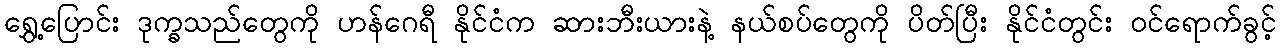
ရွှေ့ပြောင်း ဒုက္ခသည်တွေကို ဟန်ဂေရီ နိုင်ငံက ဆားဘီးယားနဲ့ နယ်စပ်တွေကို ပိတ်ပြီး နိုင်ငံတွင်း ဝင်ရောက်ခွင့်